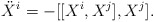
\begin{align*}\ddot{X}^i = -[[X^i, X^j], X^j].\end{align*}